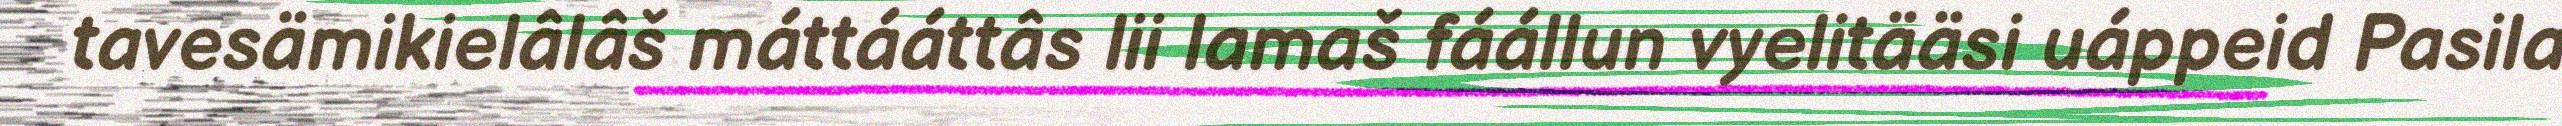
tavesämikielâlâš máttááttâs lii lamaš fáállun vyelitääsi uáppeid Pasila